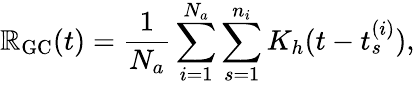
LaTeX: \mathbb{R}_{\mathrm{{{GC}}}}(t)=\frac{{1}}{{N_{a}}}\sum_{i=1}^{N_{a}}\sum_{s=1}^{n_{i}}K_{h}(t-t_{s}^{(i)}),